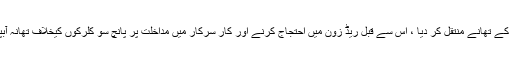
پولیس نے چھبیس مظاہرین کو گرفتار کر کے تھانے منتقل کر دیا ، اس سے قبل ریڈ زون میں احتجاج کرنے اور کار سرکار میں مداخلت پر پانچ سو کلرکوں کیخلاف تھانہ آبپارہ میں ایف آئی آر بھی درج ہو چکی ہے۔